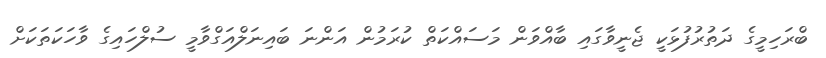
ބްރަހިމީގެ ދަތުރުފުޅަކީ ޖެނީވާގައި ބާއްވަން މަސައްކަތް ކުރަމުން އަންނަ ބައިނަލްއަގްވާމީ ސުލްހައިގެ ވާހަކަތަކަށް